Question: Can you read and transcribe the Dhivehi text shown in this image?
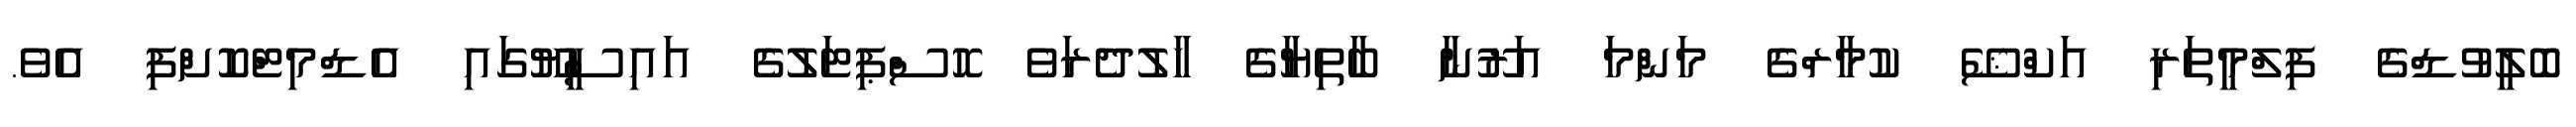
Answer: ބޮލީވުޑްގެ ފިލްމީތަރި އަކްޝޭ ކުމާރްގެ މަންމަ އަރޫނާ ބާތިޔާގެ ހާލުދެރަވެ ހޮސްޕިޓަލުގެ އައިސީޔޫގައި އެޑްމިޓްކޮށްފި އެވެ.